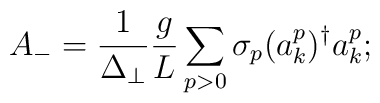
A_- = \frac{1}{\Delta_\perp}\frac{g}{L}\sum_{p>0}\sigma_p(a^p_k)^\dagger a^p_k;